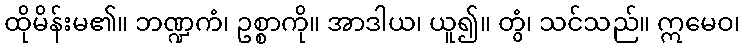
ထိုမိန်းမ၏။ ဘဏ္ဍကံ၊ ဥစ္စာကို။ အာဒါယ၊ ယူ၍။ တွံ၊ သင်သည်။ ဣမေဝ၊